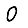
Digit: 0